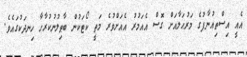
އެއީ އިސްތިއުނާފުގެ މަރުޙަލާއަށް ގޮސް އެއަމުރު އެއަށްވުރެ މަތީ ކޯޓަކުން ބާޠިލުނުކުރާހާ ހިނދަކުގައެވެ.